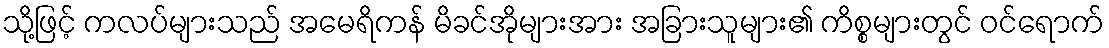
သို့ဖြင့် ကလပ်များသည် အမေရိကန် မိခင်အိုများအား အခြားသူများ၏ ကိစ္စများတွင် ဝင်ရောက်